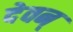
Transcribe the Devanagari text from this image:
देवन्